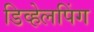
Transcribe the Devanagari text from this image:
डिव्हेलपिंग